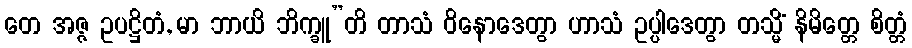
တေ အဇ္ဇ ဥပဋ္ဌိတံ, မာ ဘာယိ ဘိက္ခူ”တိ တာသံ ဝိနောဒေတွာ ဟာသံ ဥပ္ပါဒေတွာ တသ္မိံ နိမိတ္တေ စိတ္တံ